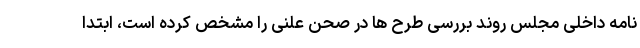
نامه داخلی مجلس روند بررسی طرح ها در صحن علنی را مشخص کرده است، ابتدا